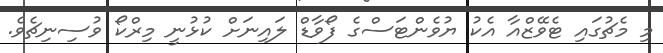
މި މެޗުގައި ޓެވޭޒްއާ އެކު ޔުވެންޓަސްގެ ފޯވާޑް ލައިނަށް ކުޅުނީ މިރްކޯ ވުސިނިޗެވެ.